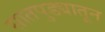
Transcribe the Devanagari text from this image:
सातपुड्यातून